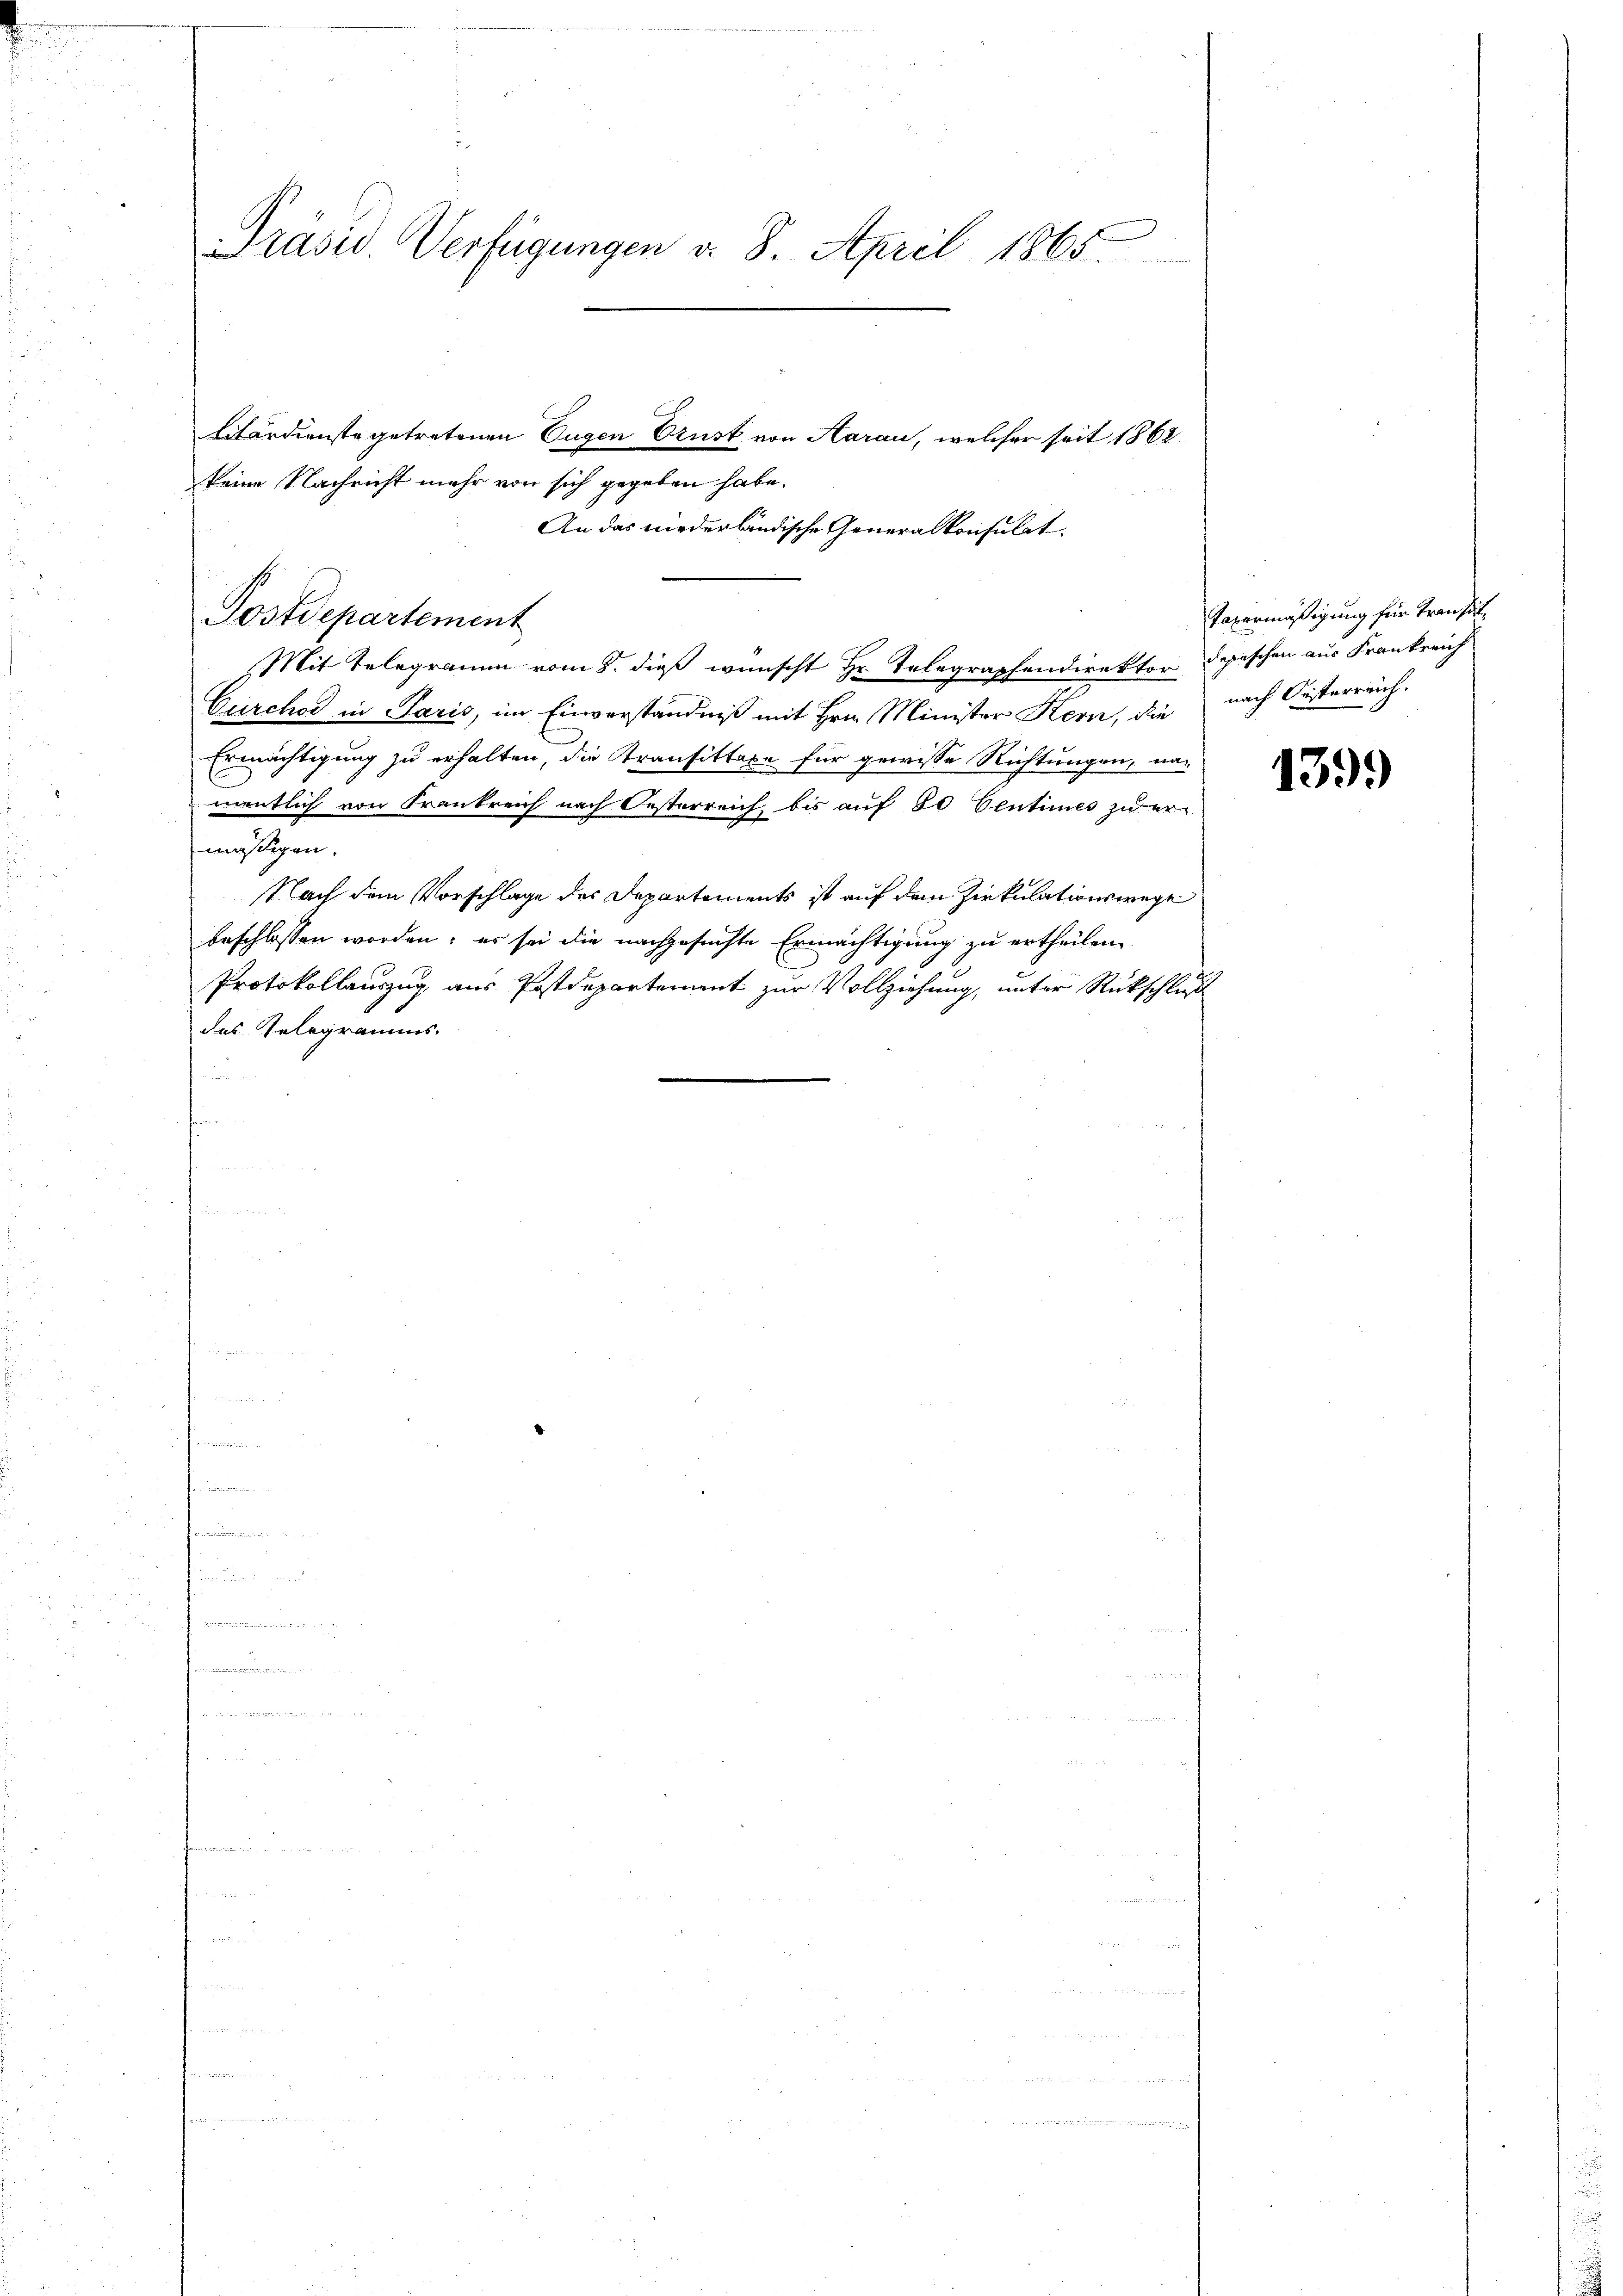
Präsid. Verfügungen d. 8. April 1865

Postdepartement

Litärdienste getretenen Eugen Ernst von Aarau, welcher seit 1862
keine Nachricht mehr von sich gegeben habe.
An das niederländische Generalkonsulat.
Mit Telegramm vom 8. dieß wünscht Hr. Telegraphendirektor Depeschen aus Frankreich
Cerchor in Paris, im Einverständniß mit Hrn. Minister Kern, die
Ermächtigung zu erhalten, die Transittaxe für gewisse Richtungen, namentlich von Frankreich nach Oesterreich, bis auf 50 Centimes zu er-
mäßigen.
Nach dem Vorschlage des Departements ist auf dem Zirkulationswege
beschlossen worden; es sei die nachgesuchte Ermächtigung zu ertheilen.
Protokollauszug aus Postdepartement zur Vollziehung, unter Rückschluß
des Telegramms.
 ver
n

Tavermäßigung für Transit,
nach Oesterreich.

139.